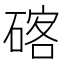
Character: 碦